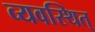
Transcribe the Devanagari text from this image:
व्यवस्थित्